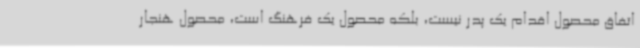
اتفاق محصول اقدام یک پدر نیست، بلکه محصول یک فرهنگ است، محصول هنجار